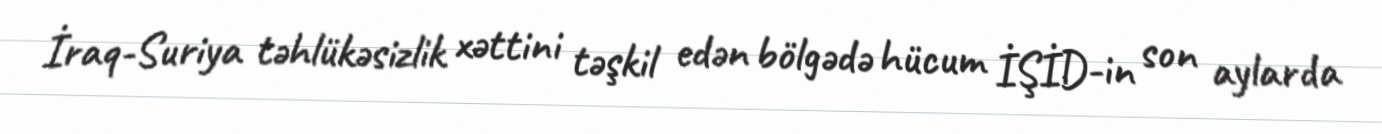
İraq-Suriya təhlükəsizlik xəttini təşkil edən bölgədə hücum İŞİD-in son aylarda